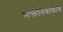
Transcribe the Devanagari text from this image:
भक्तनिवासांचं